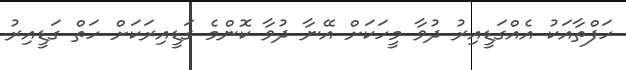
ހަފްތާއަކު އެއްގަޑީއިރު ދުވާ މީހަކަށް އޭނާ ދުވާ ކޮންމެ ގަޑީއިރަކަށް ހަތް ގަޑީއިރު